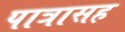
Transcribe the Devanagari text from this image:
पात्रासह